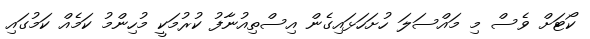
ކޯޓަށް ވެސް މި މައްސަލަ ހުށަހަޅައިގެން އިސްތިއުނާފު ކުރުމަކީ މުހިންމު ކަމެއް ކަމުގައި